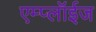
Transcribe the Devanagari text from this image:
एम्प्लॉईज